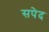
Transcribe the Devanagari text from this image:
सपेद